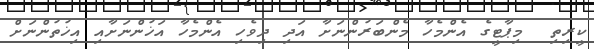
ކީރިތި  މިޕާޓީގެ އެންމެހާ މެންބަރުންނަށާ އަދި ދިވެހި އެންމެހާ އަޚުންނަށާއި އިޚުތުންނަށް